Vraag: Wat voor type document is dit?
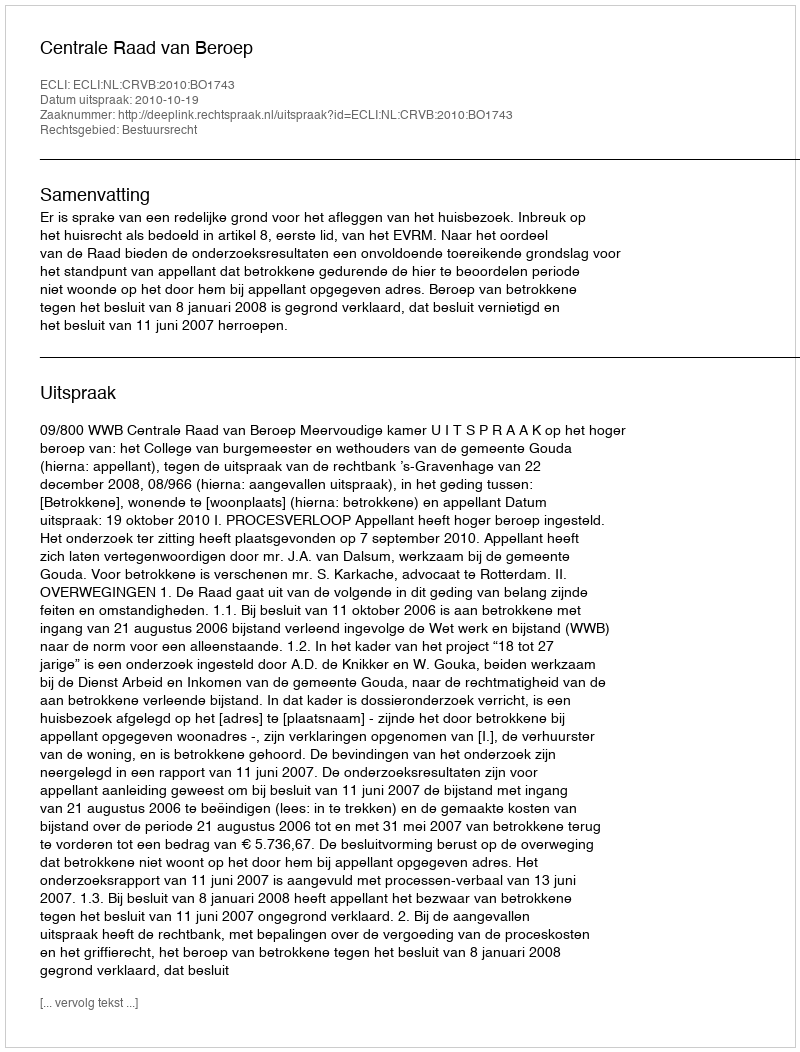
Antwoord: Uitspraak